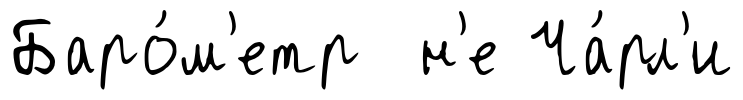
Баро́м'етр н'е Ча́рл'и